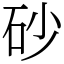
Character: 砂